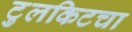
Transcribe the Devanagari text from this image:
टुलकिटचा